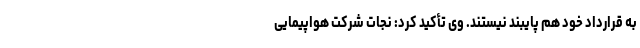
به قرارداد خود هم پایبند نیستند. وی تأکید کرد: نجات شرکت هواپیمایی